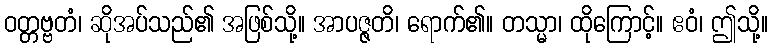
ဝတ္တဗ္ဗတံ၊ ဆိုအပ်သည်၏ အဖြစ်သို့။ အာပဇ္ဇတိ၊ ရောက်၏။ တသ္မာ၊ ထိုကြောင့်။ ဧဝံ၊ ဤသို့။